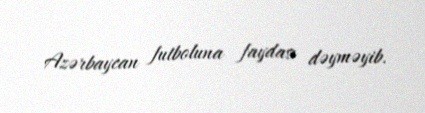
Azərbaycan futboluna faydası dəyməyib.